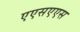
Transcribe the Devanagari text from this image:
एएसएएस